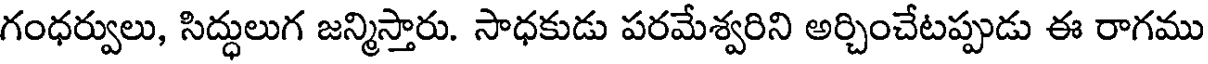
గంధర్వులు, సిద్ధులుగ జన్మిస్తారు. సాధకుడు పరమేశ్వరిని అర్చించేటప్పుడు ఈ రాగము